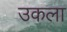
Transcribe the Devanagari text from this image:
उकला